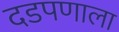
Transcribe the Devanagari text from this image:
दडपणाला